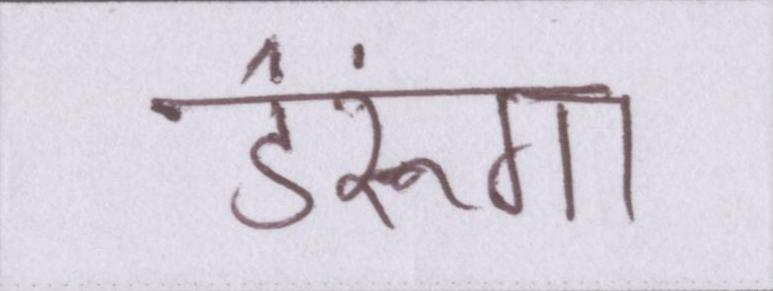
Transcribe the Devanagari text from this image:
डरूंगा